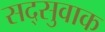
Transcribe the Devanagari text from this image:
सद्सुवाक